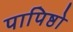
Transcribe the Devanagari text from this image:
पापिष्ठो